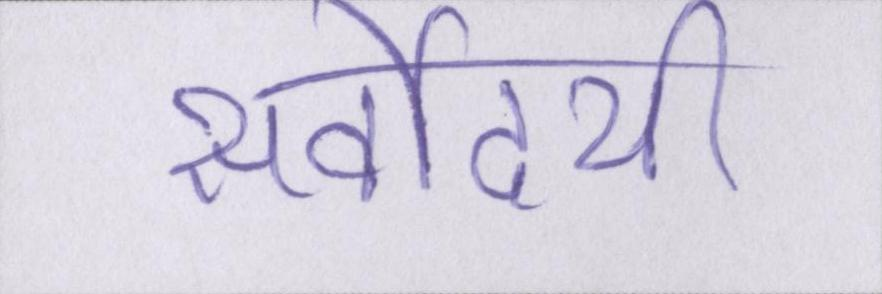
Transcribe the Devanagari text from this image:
सर्वोदयी